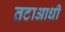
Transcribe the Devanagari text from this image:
तटाआधी